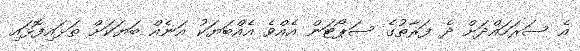
އެ ސަރަހައްދަށް ދެ ފަރާތުގެ ސަޕޯޓަން އެއްވެ އެއްބަޔަކު އަނެއް ބަޔަކަށް ތަޅައިފޮޅައި